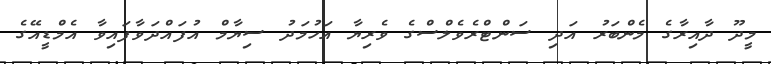
މީދޫ ދާއިރާގެ މެންބަރު އަދި ސަންޓްރެވެލްސްގެ ވެރިޔާ އަހުމަދު ސިޔާމް އުފައްދަވާފައިވާ އެމްޑީއޭގެ